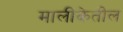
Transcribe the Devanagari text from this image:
मालीकेतील